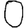
Digit: 0